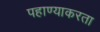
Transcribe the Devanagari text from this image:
पहाण्याकरता